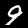
Label: 9